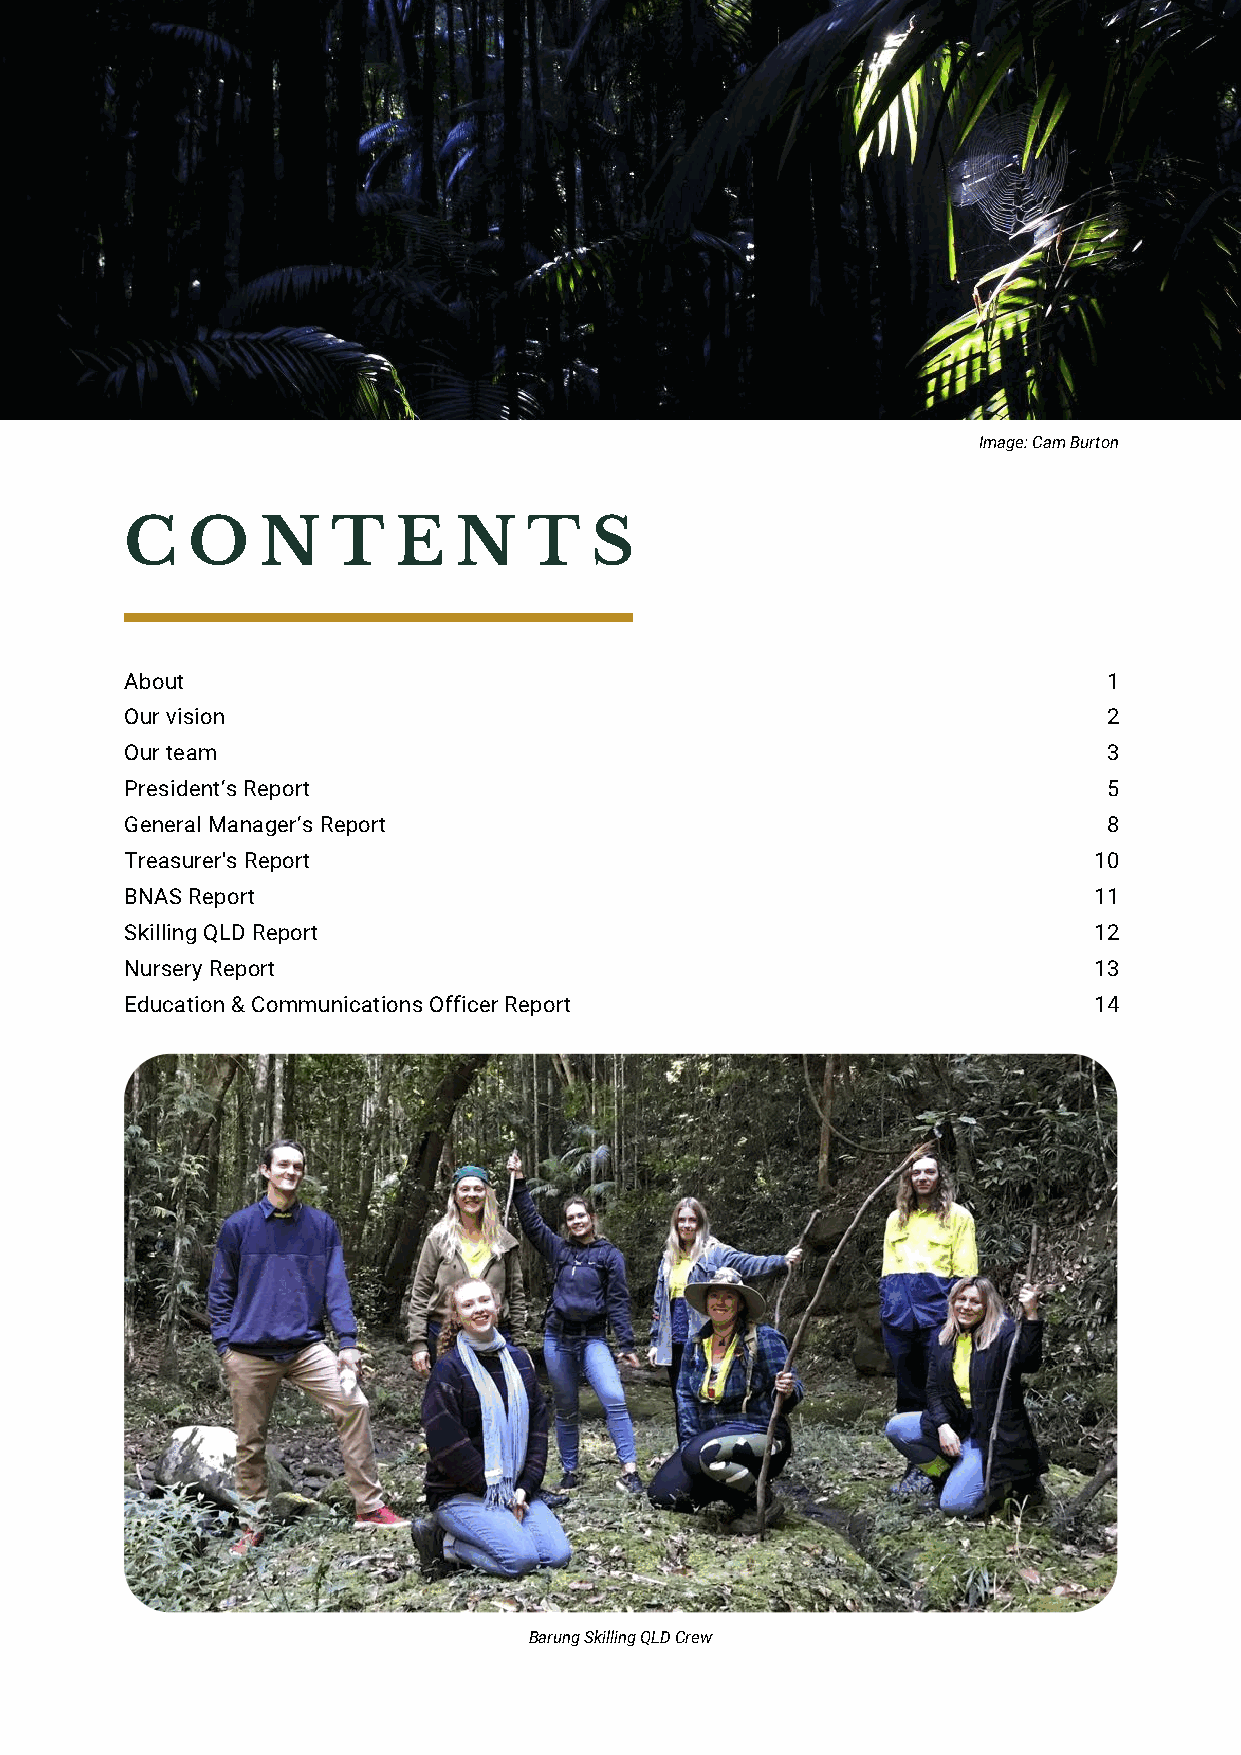
Image: Cam Burton
 C   O    N    T   E   N    T   S
 About                                                            1
 Our vision                                                       2
 Our team                                                         3
 President’s Report                                               5
 General Manager’s Report                                         8
 Treasurer's Report                                              10
 BNAS Report                                                     11
 Skilling QLD Report                                             12
 Nursery Report                                                  13
 Education & Communications Officer Report                       14
 Barung Skilling QLD Crew